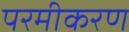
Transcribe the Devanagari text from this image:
परमीकरण